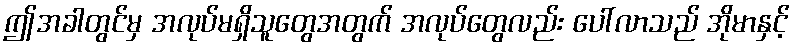
ဤအခါတွင်မှ အလုပ်မရှိသူတွေအတွက် အလုပ်တွေလည်း ပေါ်လာသည် အိုမာနှင့်